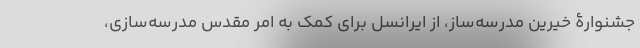
جشنوارۀ خیرین مدرسه‌ساز، از ایرانسل برای کمک به امر مقدس مدرسه‌سازی،